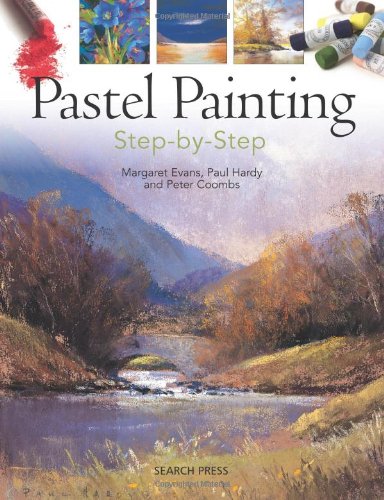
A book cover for Pastel Painting Step-By-Step; Margaret Evans; Arts & Photography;